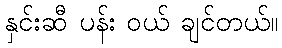
နှင်းဆီ ပန်း ဝယ် ချင်တယ်။